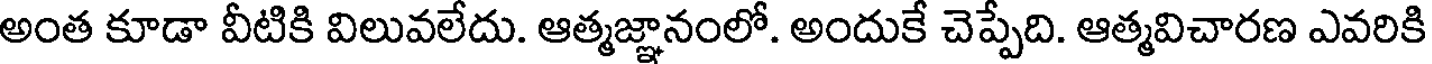
అంత కూడా వీటికి విలువలేదు. ఆత్మజ్ఞానంలో. అందుకే చెప్పేది. ఆత్మవిచారణ ఎవరికి